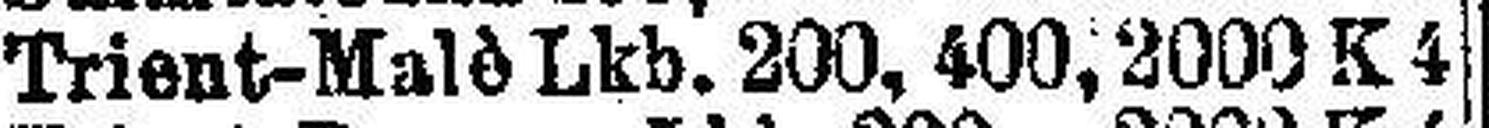
Trient-Malè Lkb. 200, 400, 2000 K 4